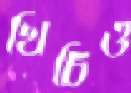
খিচিও